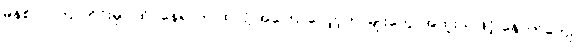
မိနစ် ၂၀ကြာတိုင်းမှာ ထိုင်နေရာက ထလို့ အကြောလျှော့တာမျိုးတွေ၊ အထူးသဖြင့် နောက်ကျော၊